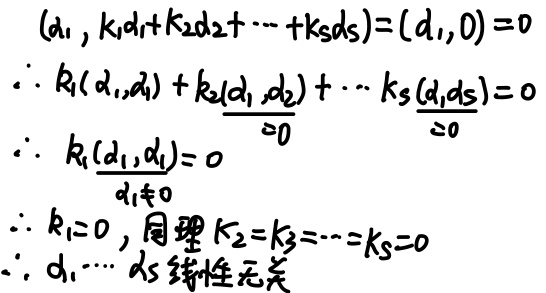
\[
\begin{align*}
&(d_1, k_1d_1 + k_2d_2 + \cdots + k_sd_s)=(d_1,0)=0\\
&\therefore k_1(d_1,d_1)+k_2(d_1,d_2)+\cdots + k_s(d_1,d_s)=0\\
&\therefore k_1(d_1,d_1)=0\\
&d_1\neq0\\
&\therefore k_1 = 0,\text{同理}k_2 = k_3=\cdots = k_s=0\\
&\therefore d_1,\cdots,d_s\text{线性无关}
\end{align*}
\]